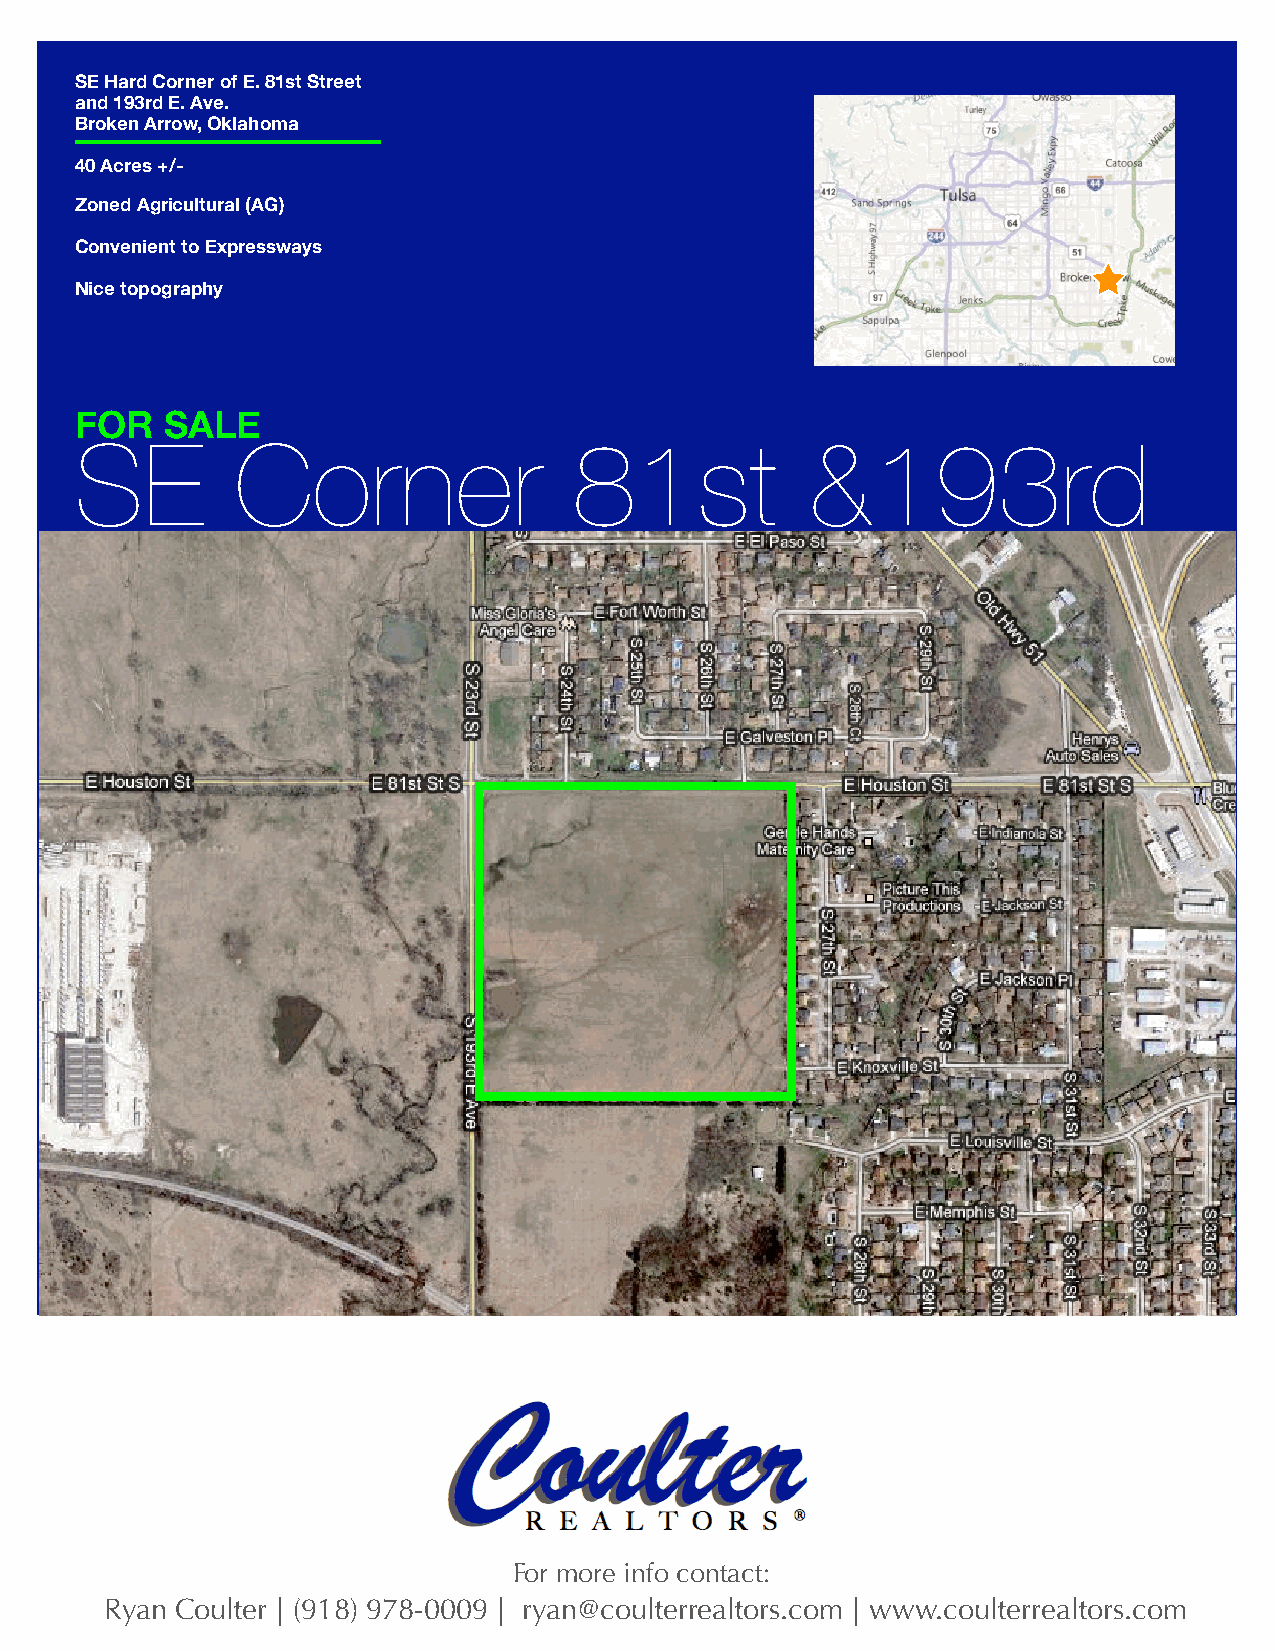
SE Hard Corner of E. 81st Street
 and 193rd E. Ave.
 Broken Arrow, Oklahoma
 40 Acres +/-
 Zoned Agricultural (AG)
 Convenient to Expressways
 Nice topography
 FOR   SALE
 SE         Corner                81st            &193rd
 For more info contact:
 Ryan Coulter | (918) 978-0009 | ryan@coulterrealtors.com | www.coulterrealtors.com